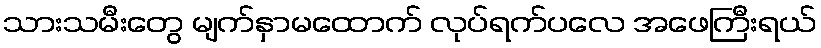
သားသမီးတွေ မျက်နှာမထောက် လုပ်ရက်ပလေ အဖေကြီးရယ်